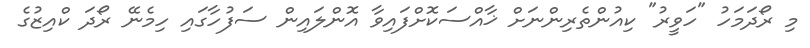
މި ރޯދަމަހު "ހަވީރު" ކިއުންތެރިންނަށް ޚާއްސަކޮށްފައިވާ އޮންލައިން ސަފުހާގައި ހިމެނޭ ރޯދަ ކްއިޒުގެ